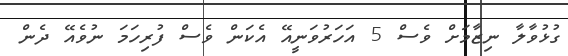
ގުޅުވާލާ ނިޒާމަށް ވެސް 5 އަހަރުވަނީއޭ އެކަން ވެސް ފުރިހަމަ ނުވެއޭ ދެން